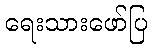
ရေးသားဖော်ပြ